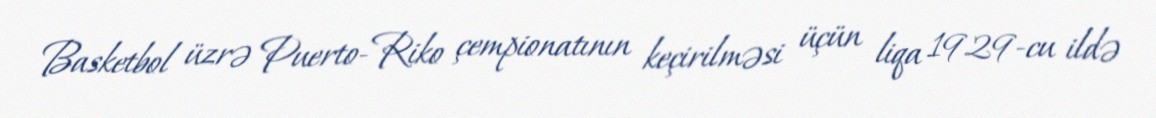
Basketbol üzrə Puerto-Riko çempionatının keçirilməsi üçün liqa 1929-cu ildə